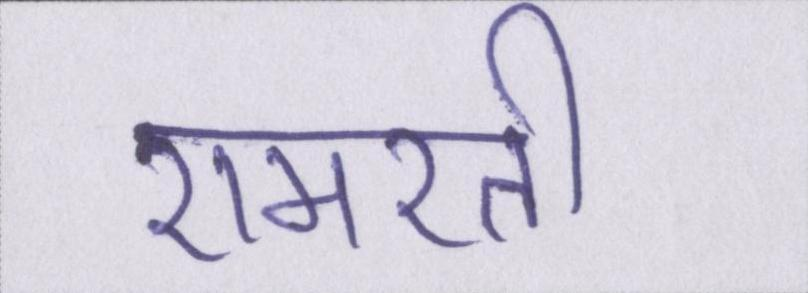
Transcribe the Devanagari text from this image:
रामरती